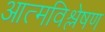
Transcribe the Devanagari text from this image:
आत्मविश्लेषण